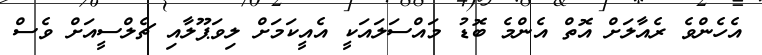
އެހެންވެ ރެއާލަށް އޮތް އެންމެ ބޮޑު މައްސަލައަކީ އެއީކަމަށް ލިވަޕޫލާއި ޗެލްސީއަށް ވެސް